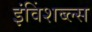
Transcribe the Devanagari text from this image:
इंविंशब्ल्स